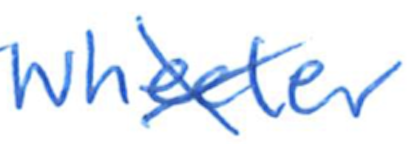
Text: Wheeler
Cross-out: cross
Writing tool: ballpoint